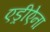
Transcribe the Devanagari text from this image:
एड्रीऐना